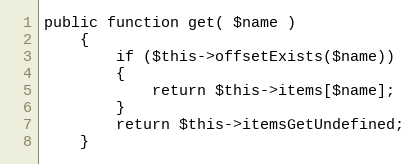
Language: PHP
public function get( $name )
	{
		if ($this->offsetExists($name))
		{
			return $this->items[$name];
		}
		return $this->itemsGetUndefined;
	}